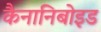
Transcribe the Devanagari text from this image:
कैनानिबोइड